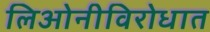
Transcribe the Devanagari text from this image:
लिओनीविरोधात